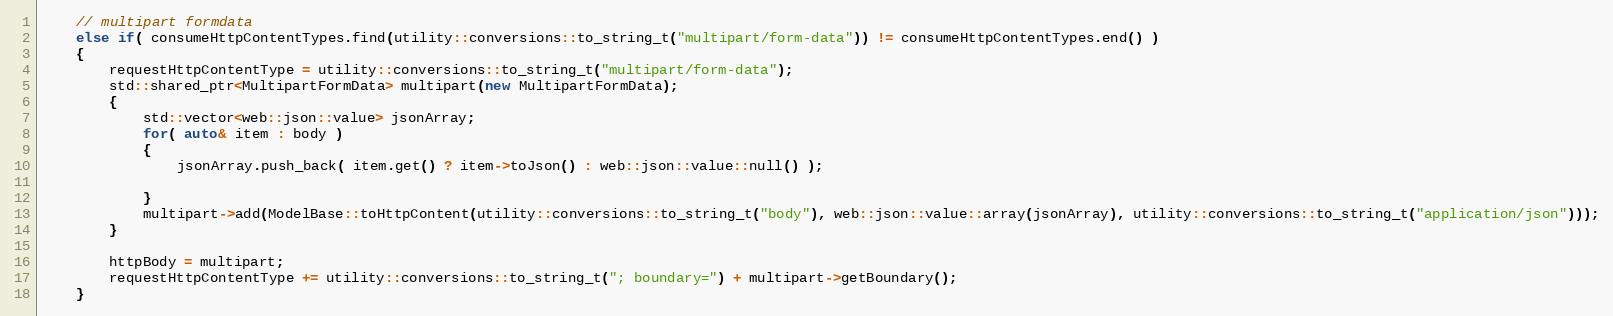
Language: C++
    // multipart formdata
    else if( consumeHttpContentTypes.find(utility::conversions::to_string_t("multipart/form-data")) != consumeHttpContentTypes.end() )
    {
        requestHttpContentType = utility::conversions::to_string_t("multipart/form-data");
        std::shared_ptr<MultipartFormData> multipart(new MultipartFormData);
        {
            std::vector<web::json::value> jsonArray;
            for( auto& item : body )
            {
                jsonArray.push_back( item.get() ? item->toJson() : web::json::value::null() );

            }
            multipart->add(ModelBase::toHttpContent(utility::conversions::to_string_t("body"), web::json::value::array(jsonArray), utility::conversions::to_string_t("application/json")));
        }

        httpBody = multipart;
        requestHttpContentType += utility::conversions::to_string_t("; boundary=") + multipart->getBoundary();
    }